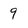
Character: 9